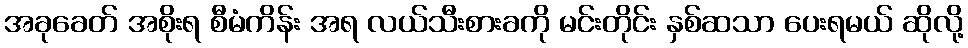
အခုခေတ် အစိုးရ စီမံကိန်း အရ လယ်သီးစားခကို မင်းတိုင်း နှစ်ဆသာ ပေးရမယ် ဆိုလို့